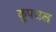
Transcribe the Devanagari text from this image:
कूपजल